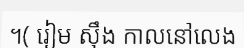
។( រៀម ស៊ឹង កាលនៅលេង